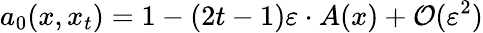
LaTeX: a_{0}(x,x_{t})=1-(2t-1)\varepsilon\cdot A(x)+{\cal O}(\varepsilon^{2})